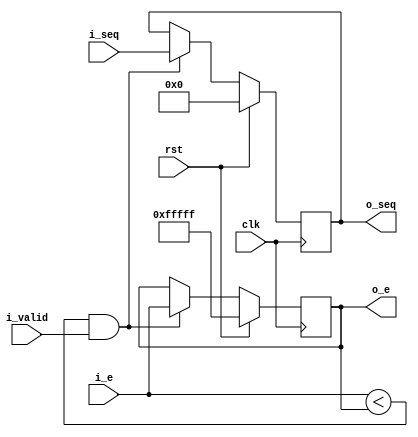
`timescale 1ns / 1ps
`default_nettype none

module optimum_sequence #
(
    parameter SEQ_WIDTH = 8,
    parameter E_WIDTH = 20
)
(
    input  wire                     clk,
    input  wire                     rst,

    input  wire [SEQ_WIDTH-1:0]     i_seq,
    input  wire [E_WIDTH-1:0]       i_e,
    input  wire                     i_valid,

    output reg  [SEQ_WIDTH-1:0]     o_seq,
    output reg  [E_WIDTH-1:0]       o_e
);

localparam LIMIT = 2**(SEQ_WIDTH-2) - 1;
reg [SEQ_WIDTH-2-1:0] counter = 0;

initial begin
    o_seq = 0;
    o_e = {(E_WIDTH){1'b1}};
end

always @(posedge clk) begin
    if (rst) begin
        o_seq <= 0;
        o_e <= {(E_WIDTH){1'b1}};
    end else if (i_e < o_e && i_valid) begin
        o_seq <= i_seq;
        o_e <= i_e;
    end
end

endmodule

`default_nettype wire